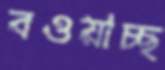
বওয়াচ্ছ